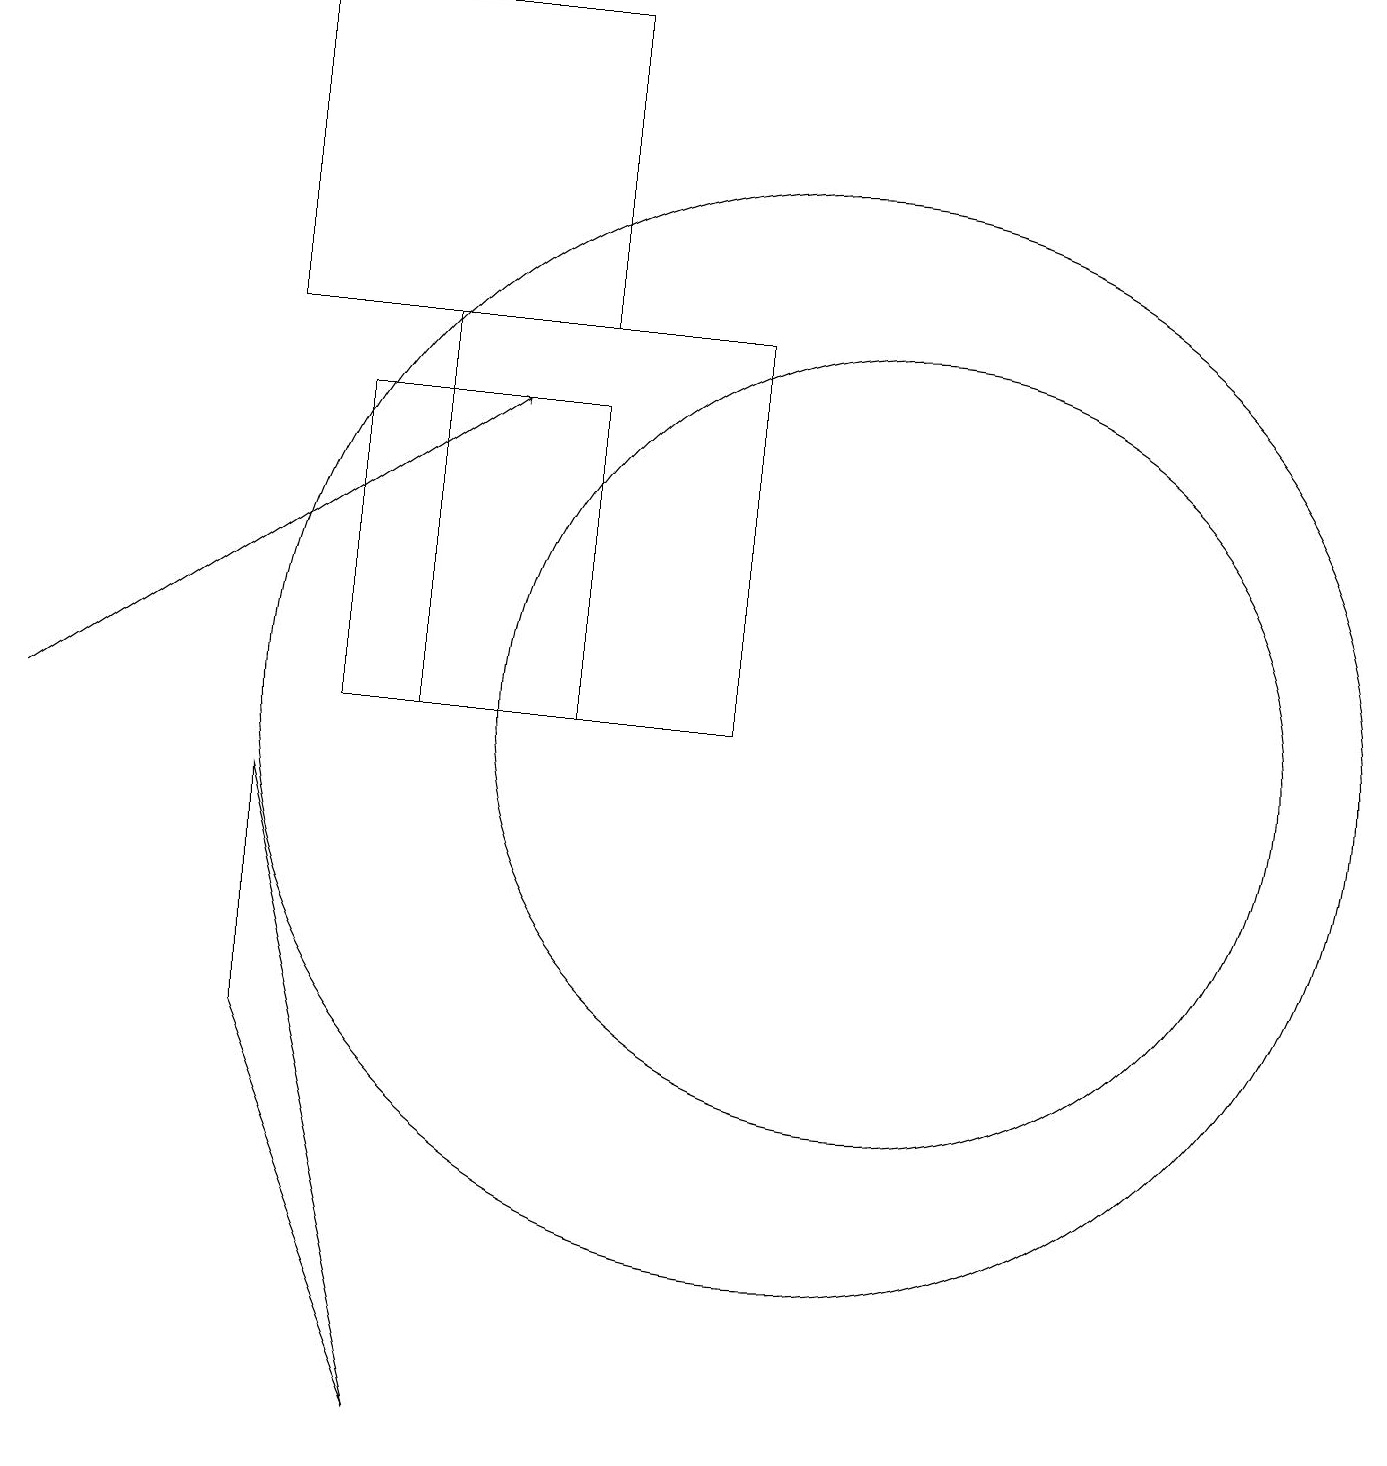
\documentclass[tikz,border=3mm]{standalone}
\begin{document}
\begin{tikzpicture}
\draw (5,1) -- (3,9) -- (3,6) -- cycle;
\draw (10,10) circle (7);
\draw (11,10) circle (5);
\draw (7,15) rectangle (3,19);
\draw (4,10) rectangle (7,14);
\draw (5,15) rectangle (9,10);
\draw[->] (0,10) -- (6,14);
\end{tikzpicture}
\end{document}